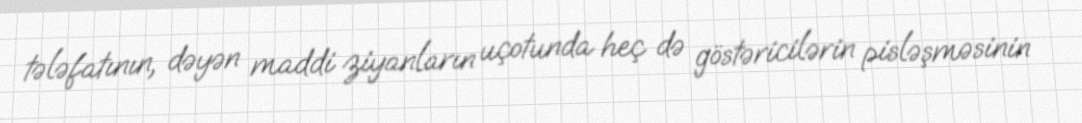
tələfatının, dəyən maddi ziyanların uçotunda heç də göstəricilərin pisləşməsinin